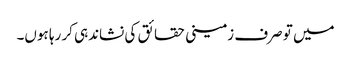
میں تو صرف زمینی حقائق کی نشاندہی کر رہا ہوں۔